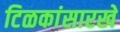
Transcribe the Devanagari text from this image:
टिळकांसारखे